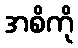
အစိကို